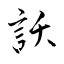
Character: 訞